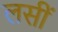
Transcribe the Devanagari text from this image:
लसीं